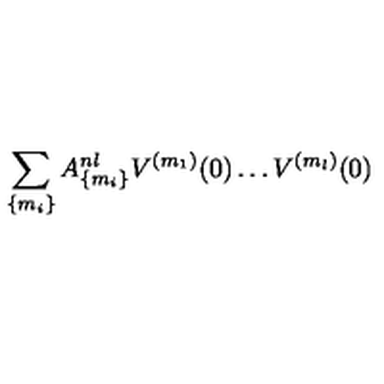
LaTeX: \sum _ { \{ m _ { i } \} } A _ { \{ m _ { i } \} } ^ { n l } V ^ { ( m _ { 1 } ) } ( 0 ) \dots V ^ { ( m _ { l } ) } ( 0 )